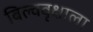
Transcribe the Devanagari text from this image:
बिल्ववृक्षाला